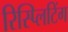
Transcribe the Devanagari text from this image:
रिस्प्लिटिंग